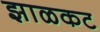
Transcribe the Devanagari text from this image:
झाळकट